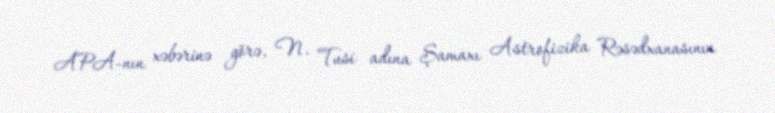
APA-nın xəbərinə görə, N. Tusi adına Şamaxı Astrofizika Rəsədxanasının